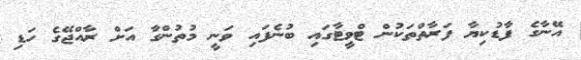
އޭނާގެ ފާޑުކިޔާ ފަރާތްތަކުން ޓްވީޓާގައި ބުނެފައި ވަނީ މުތުންގާ އަށް ރާއްޖޭގެ ހަޑި